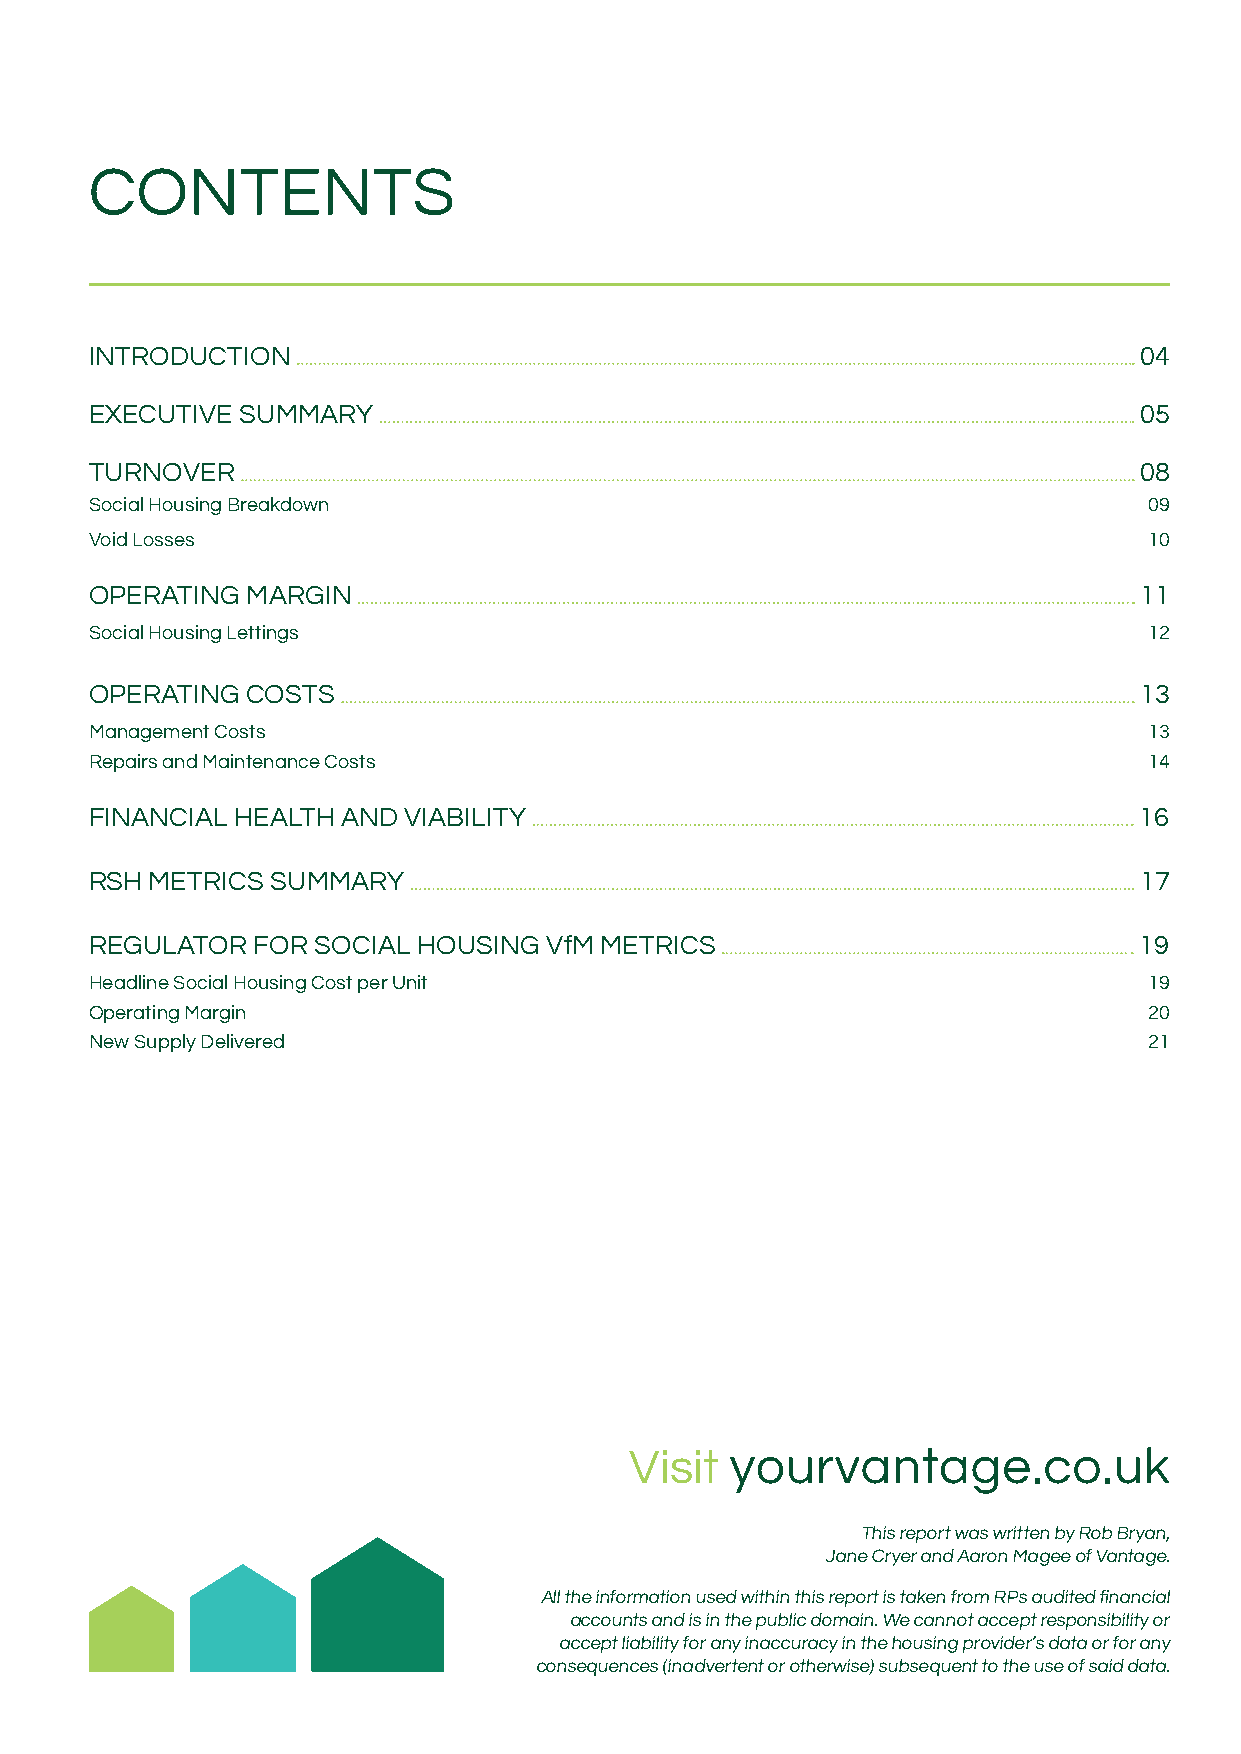
CONTENTS
 INTRODUCTION                                                         04
 EXECUTIVE SUMMARY                                                    05
 TURNOVER                                                             08
 Social Housing Breakdown                                              09
 Void Losses                                                           10
 OPERATING MARGIN                                                     11
 Social Housing Lettings                                               12
 OPERATING COSTS                                                      13
 Management Costs                                                      13
 Repairs and Maintenance Costs                                         14
 FINANCIAL HEALTH AND VIABILITY                                       16
 RSH METRICS SUMMARY                                                  17
 REGULATOR  FOR SOCIAL HOUSING VfM METRICS                            19
 Headline Social Housing Cost per Unit                                 19
 Operating Margin                                                      20
 New Supply Delivered                                                  21
 Visit yyoouurrvvaannttaaggee..ccoo..uukk
 This report was written by Rob Bryan,
 Jane Cryer and Aaron Magee of Vantage.
 All the information used within this report is taken from RPs audited financial
 accounts and is in the public domain. We cannot accept responsibility or
 accept liability for any inaccuracy in the housing provider’s data or for any
 consequences (inadvertent or otherwise) subsequent to the use of said data.